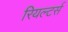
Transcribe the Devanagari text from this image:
रियल्टर्स